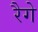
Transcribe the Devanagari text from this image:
रैगे